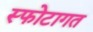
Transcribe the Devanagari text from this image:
स्फोटागत